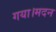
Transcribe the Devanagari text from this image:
गया।मदन